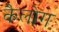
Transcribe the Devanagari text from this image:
कैलोग